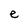
Character: e